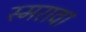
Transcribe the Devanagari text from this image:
स्मरावा